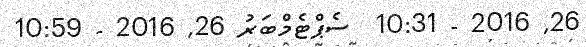
26